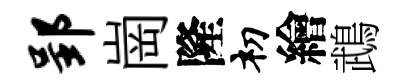
郢崗隆𥘉繪鵡